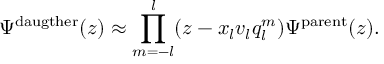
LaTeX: \Psi ^ { \mathrm { d a u g t h e r } } ( z ) \approx \prod _ { m = - l } ^ { l } ( z - x _ { l } v _ { l } q _ { l } ^ { m } ) \Psi ^ { \mathrm { p a r e n t } } ( z ) .